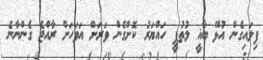
ފިލައިގެން އުޅޭ ބާޣީ ލުތުފީ ހައްޔަރު ކޮށްގެން ވަރަށް އަވަހަށް ރާއްޖެ ގެންނާނެ